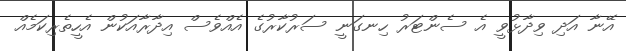
އޭނާ އަދި ވިދާޅުވީ އެ ސެންޓަރު ހިނގަނީ ސަރުކާރުގެ އެއްވެސް އިދާރާއަކުން އެހީތެރިކަމެއް